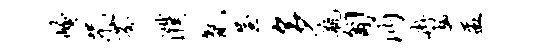
崦咒芬濮氤屋多瓶匍沔冉趣盂